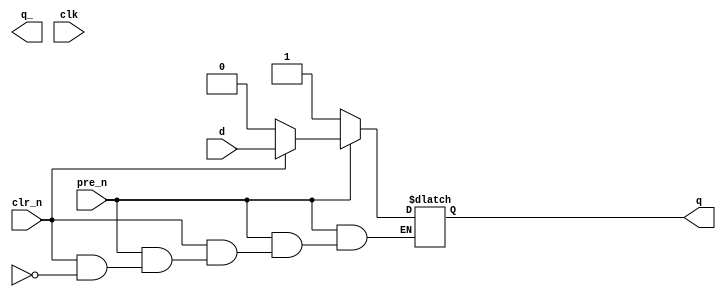
module D_Latch_Behavioral(
    q,          // q
    q_,         // q bar
    clk,        // clock
    pre_n,      // preset bar
    clr_n,      // clear bar
    d           // d
    );
    
    output reg q;
    output q_;
    input clk;
    input pre_n;
    input clr_n;
    input d;
    
    always@(*)
    begin
        if(!pre_n)
            q = 1'b1;
        
        else if(!clr_n)
            q = 1'b0;
            
        else if(en)
            q = d;
    end
endmodule